Report on sanitation, dispensaries, and jails in Rajputana for 1916, and on vaccination for the year 1916-1917 - 1916-1917
Year: 1916
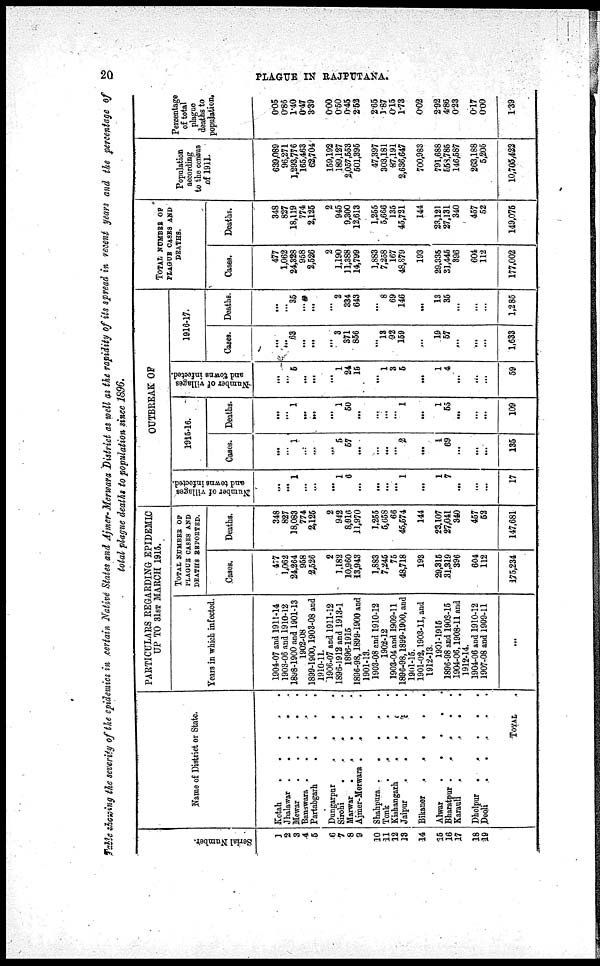
20
PLAGUE IN RAJPUTANA.
Table showing the severity of the epidemics in certain Native States and Ajmer-Merwara District as well as the rapidity of its spread in recent years and the percentage of
total plague deaths to population since 1896.
Serial Number.
1
2
3
4
5
6
7
8
9
10
11
12
13
14
15
16
17
18
19
Name of District or State.
Kotah . . . . .
Jhalawar . . . . .
Mewar
.
.
.
.
.
Banswara . . . . .
Partabgarh
.
.
.
.
.
Dungarpur . . . . .
Sirohi
.
.
.
.
.
Marwar
.
.
.
.
.
Ajmer-Merwara . . . . .
Shahpura
.
.
.
.
.
Tonk
.
.
.
.
.
Kishangarh
.
.
.
.
.
Jaipur
.
.
.
.
.
Bikaner
.
.
.
.
.
Alwar
.
.
.
.
.
Bharatpur
.
.
.
.
.
Karauli
.
.
.
.
.
Dholpur.
.
.
.
.
Deoli
.
.
.
.
.
TOTAL .
PARTICULARS REGARDING EPIDEMIC
UP TO 31ST MARCH 1915.
Years in which infected.
1904-07 and 1911-14
1903-06 and 1910-12
1898-1900 and 1901-13
1902-08
1899-1900,1903-08 and
1910-11.
1906-07 and 1911-12
1896-1912 and 1913-1
1896-1915
1896-98,1899-1900 and
1901-13.
1903-08 and 1910-12
1902-12
1903-04 and 1909-11
1896-98,1899-1900, and
1901-15.
1901-08,1903-11, and
1912-13.
1901-1915
1896-98 and 1903-15
1904-06,1908-11 and
1912-14.
1904-06 and 1910-12
1907-08 and 1909-11
...
TOTAL NUMBER OF
PLAGUE CASES AND
DEATHS REPORTED.
Cases.
477
1,062
24,264
958
2,526
2
1,182
10,960
13,943
1,883
7,246
75
48,718
193
29,315
31,319
396
604
112
175,234
Deaths.
348
827
18,083
774
2,125
2
942
8,916
11,970
1,255
5,658
66
45,574
144
23,107
27,041
340
457
52
147,681
OUTBREAK OF
Number of villages
and towns infected.
...
...
1
...
...
...
1
6
...
...
...
...
1
...
1
7
...
...
...
17
1915-16.
Cases.
...
...
1
...
...
...
5
57
...
...
...
...
2
...
1
69
...
...
...
135
Deaths.
...
...
1
...
...
...
1
50
...
...
...
...
1
...
1
55
...
...
...
109
Number of villages
and towns infected.
...
...
5
...
...
...
1
24
15
...
1
3
5
...
1
4
...
...
...
59
1916-17.
Cases.
...
...
63
...
...
...
3
371
856
...
13
92
159
...
19
57
...
...
...
1,633
Deaths.
...
...
35
...
...
...
2
334
643
...
8
69
146
...
13
35
...
...
...
1,285
TOTAL NUMBER OF
PLAGUE CASES AND
DEATHS.
Cases.
477
1,062
24,328
958
2,526
2
1,190
11,388
14,799
1,883
7,258
167
48,879
193
29,335
31,445
896
604
112
177,002
Deaths.
348
827
18,119
774
2,125
2
946
9,300
12,613
1,255
5,666
135
45,721
144
23,121
27,131
340
457
52
149,075
Population
according
to the census
of 1911.
639,089
96,271
1,293,776
165,463
62,704
159,192
189,127
2,057,553
501,395
47,397
303,181
87,191
2,636,647
700,983
791,688
558,785
146,587
263,188
5,205
10,705,422
Percentage
of total
plague
deaths to
population.
0.05
0.86
1.40
0.47
3.39
0.00
0.50
0.45
2.52
2.65
1.87
0.15
1.73
0.02
2.92
4.86
0.23
0.17
0.00
1.39